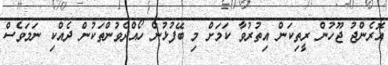
އޮރެންޖު ޖޫހުން ރީތިކަން އިތުރުވާ ކަމަށް މި ބޭފުޅުން ހޯއްދެވުންތަކުން ދެއްކި ނަމަވެސް